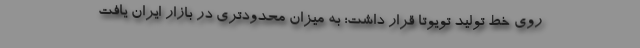
روی خط تولید تویوتا قرار داشت؛ به میزان محدودتری در بازار ایران یافت